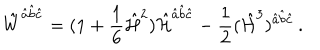
LaTeX: \hat { W } ^ { \hat { a } \hat { b } \hat { c } } = ( 1 + { \frac { 1 } { 6 } } \hat { \cal H } ^ { 2 } ) \hat { \cal H } ^ { \hat { a } \hat { b } \hat { c } } - { \frac { 1 } { 2 } } ( \hat { \cal H } ^ { 3 } ) ^ { \hat { a } \hat { b } \hat { c } } \, .